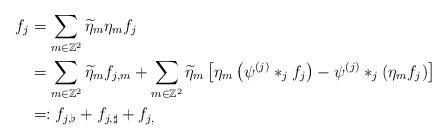
LaTeX: \begin{align*}f_j&=\sum_{m\in\mathbb{Z}^2}\widetilde{\eta}_m\eta_mf_j\\&=\sum_{m\in\mathbb{Z}^2}\widetilde{\eta}_mf_{j,m}+\sum_{m\in\mathbb{Z}^2}\widetilde{\eta}_m\left[\eta_m\left(\psi^{(j)}\ast_jf_j\right)-\psi^{(j)}\ast_j\left(\eta_mf_j\right)\right]\\&=:f_{j,\flat}+f_{j,\sharp}+f_{j,}\end{align*}